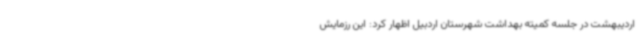
اردیبهشت در جلسه کمیته بهداشت شهرستان اردبیل اظهار کرد: این رزمایش